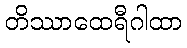
တိဿာထေရီဂါထာ